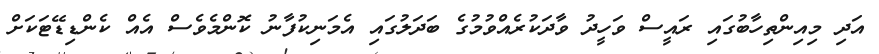
އަދި މިއިންތިހާބުގައި ރައީސް ވަހީދު ވާދަކުރެއްވުމުގެ ބަދަލުގައި އެމަނިކުފާނު ކޮންމެވެސް އެއް ކެންޑިޑޭޓަކަށް